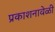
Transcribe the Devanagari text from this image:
प्रकाशनावेळी